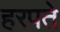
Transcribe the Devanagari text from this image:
हरपते